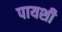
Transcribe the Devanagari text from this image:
पायशी